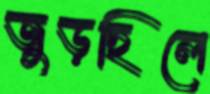
জুড়ছিলে